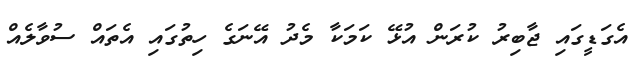
އެގަޑީގައި ޖާބިރު ކުރަން އުޅޭ ކަމަކާ މެދު އޭނަގެ ހިތުގައި އެތައް ސުވާލެއް